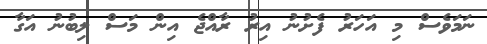
ނަމަވެސް މި އަހަރު ފެށުނު އިރު ރާއްޖެ އިން މަސް ލިބުނު އަގާ